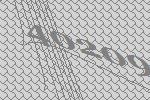
40209